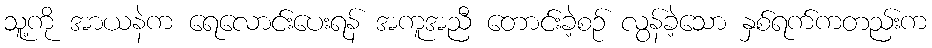
သူ့ကို အာယနဲက ရေလောင်းပေးရန် အကူအညီ တောင်းခဲ့စဉ် လွန်ခဲ့သော နှစ်ရက်ကတည်းက